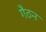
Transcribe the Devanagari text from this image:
गैठन